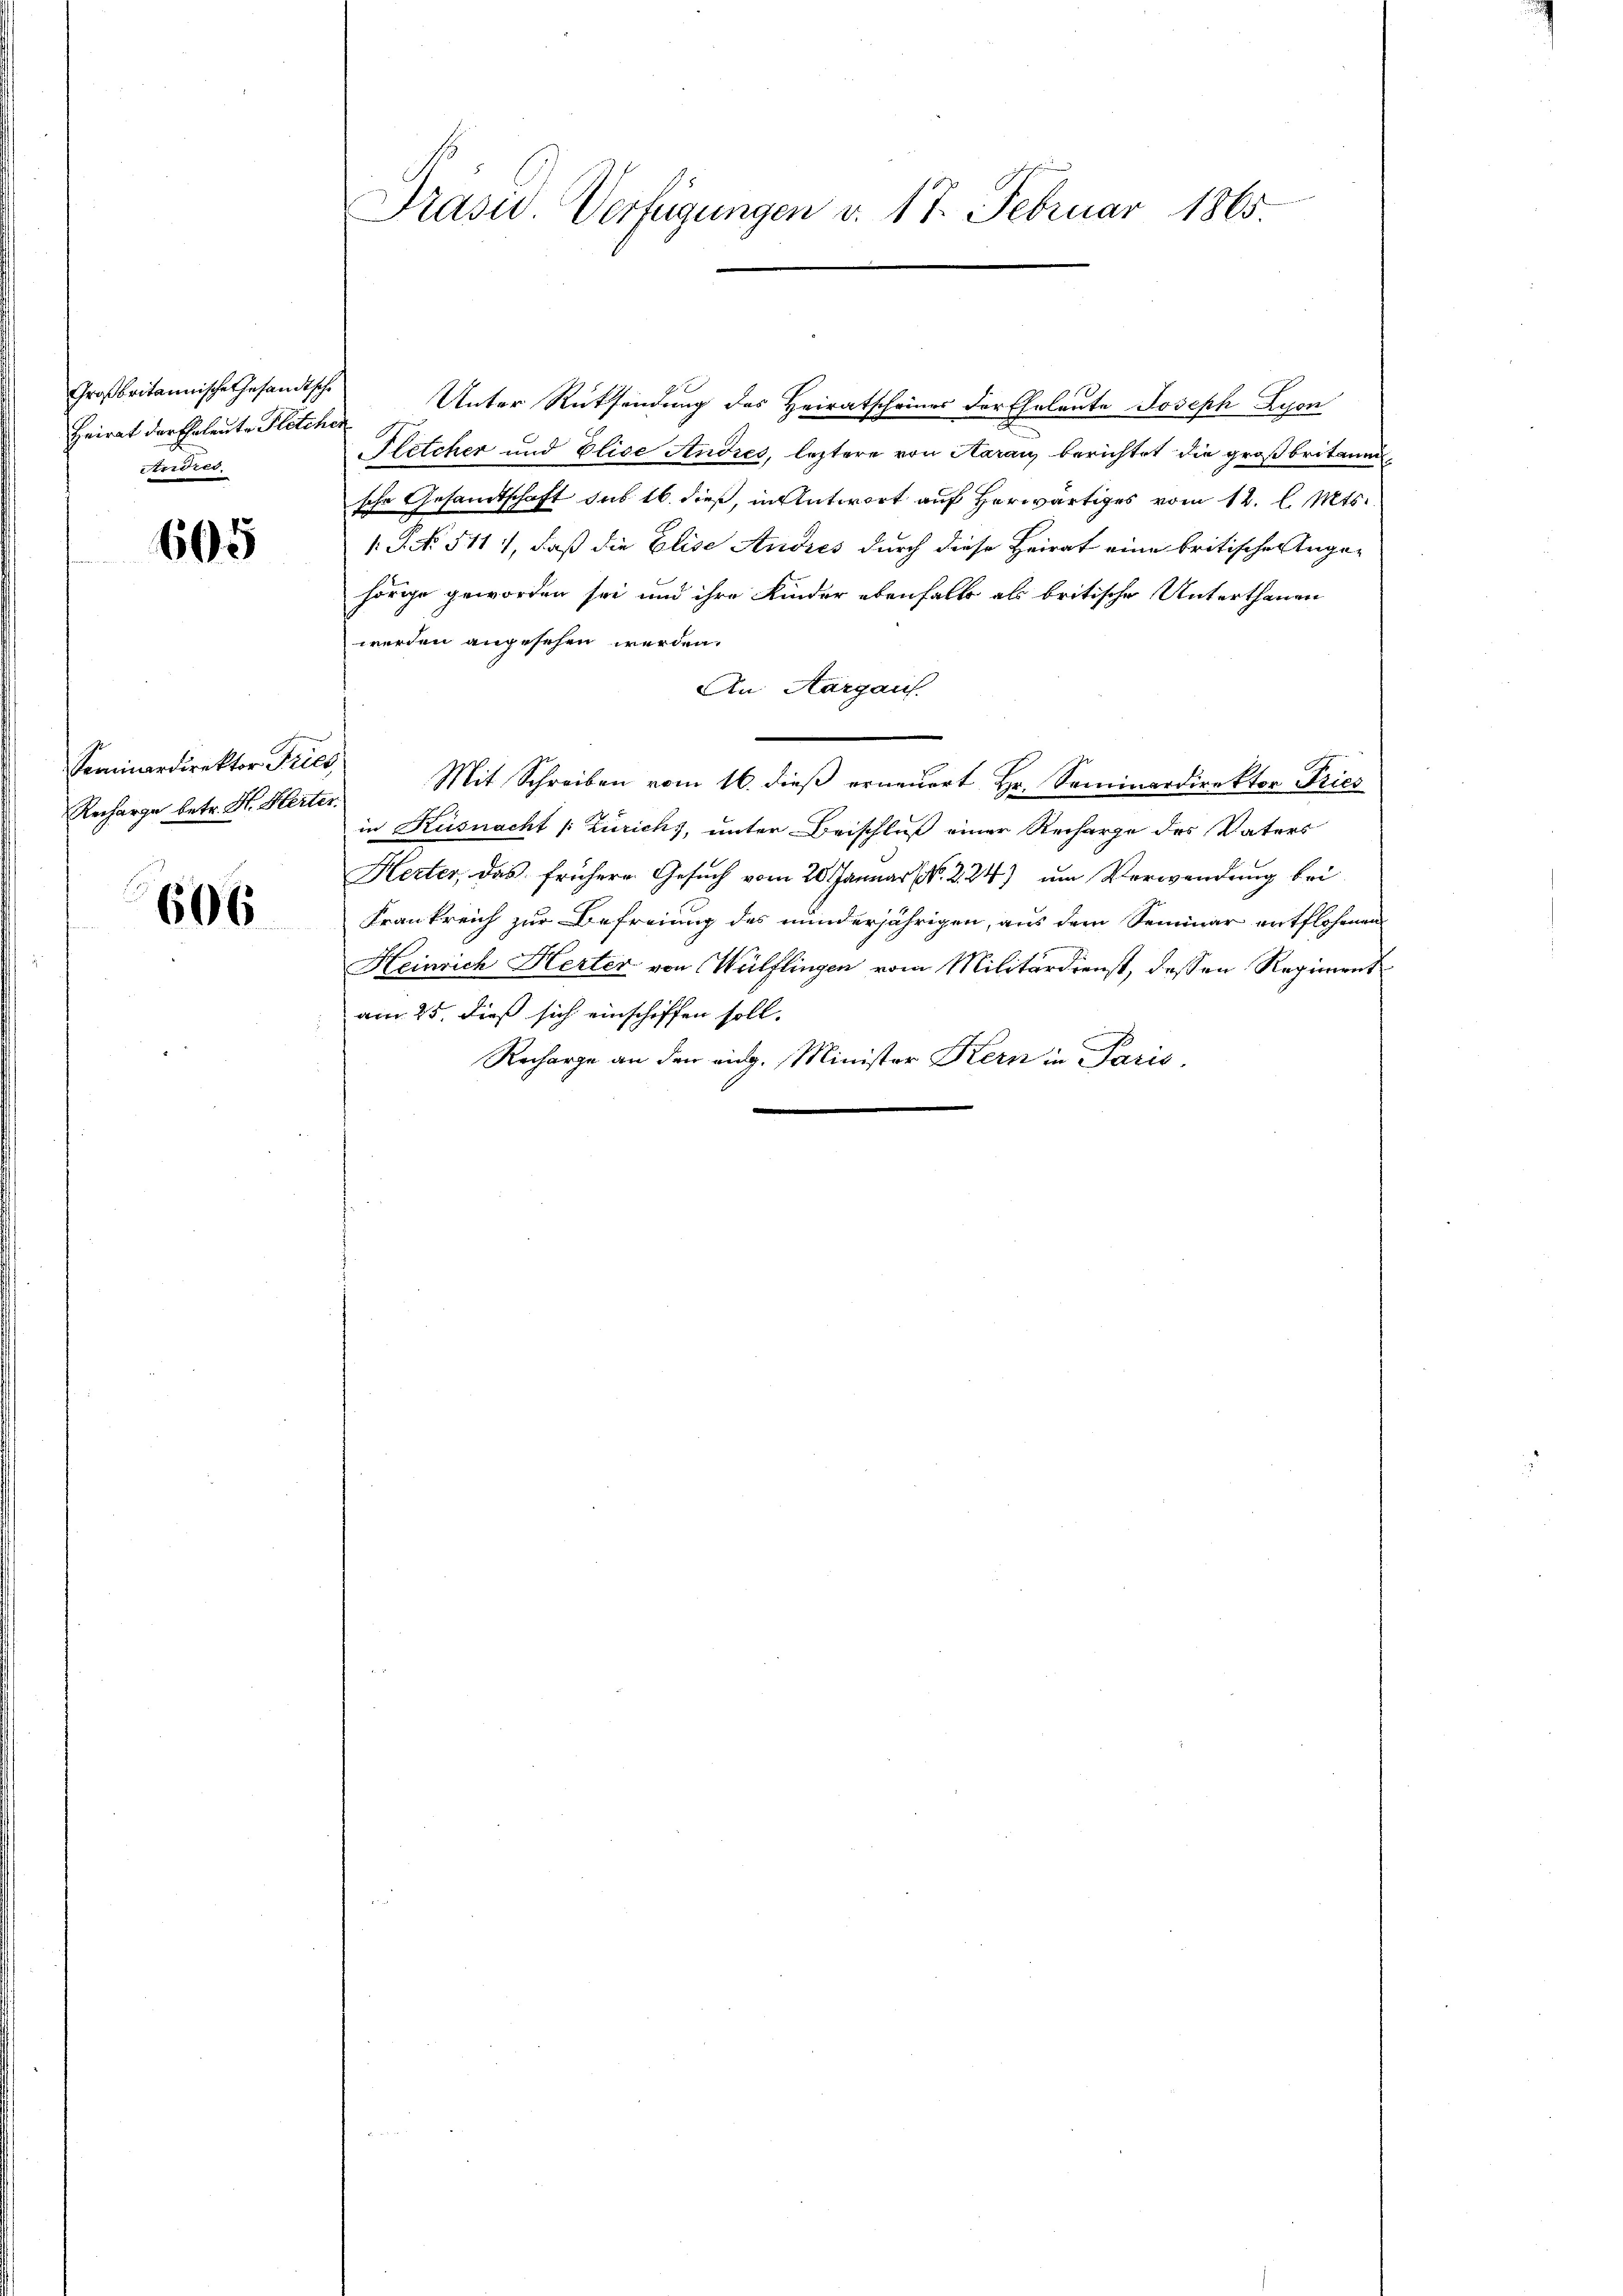
Großbritannische Gesandtsche
Anried.

665

Seminardirektor Pries
Recharge betr. St. Herter.

606

Präsid. Verfügungen d. 17. Februar 1865.

Heirat der Eheleute Flötcher Unter Rücksendung des Heiratscheines der Eheleute Joseph Lyon
Pletcher und Elise Andres, leztere von Aarau berichtet die großbritan
sche Gesandtschaft sub 16. dieß, in Antwort auf herwärtiges vom 12. l. Mts.
1.S.N 541), daß die Elise Andres durch diese Heirat eine britischen Angehörge geworden sei und ihre Kinder ebenfalls als britische Unterthanen
werden angesehen werden.
An Aargaus
Mit Schreiben vom 16. dieß erneuert Hr. Seminardirektor Pries
in Küsnacht /: Zürichs, unter Beischluß einer Recharge des Vaters
Herter, das frühere Gesuch vom 20. Januar (Nr. 224) um Verwendung bei
Frankreich zur Befreiung des minderjährigen, aus dem Seminar entflohenen
Heinrich Herter von Wülflingen vom Militärdienst, dessen Regiment
am 25. dieß sich einschiffen soll.
Recharge an den eidg. Minister Kern in Paris,